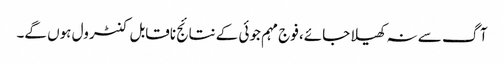
آگ سے نہ کھیلا جائے، فوج مہم جوئی کے نتائج ناقابل کنٹرول ہوں گے۔